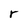
Character: r